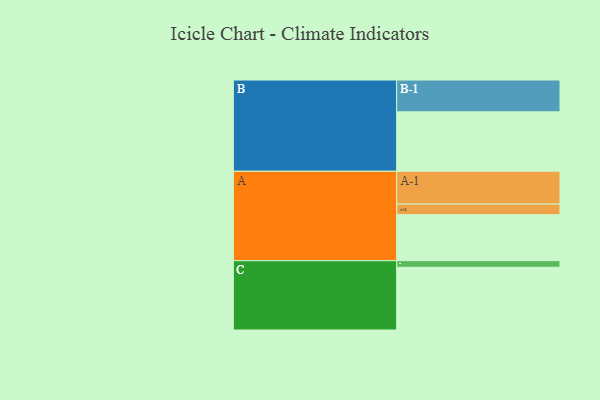
{"axis": {"x": "Segment", "y": "Value"}, "legend": ["", "A", "B", "C"], "data": [{"x": "A", "y": 403, "type": ""}, {"x": "B", "y": 520, "type": ""}, {"x": "C", "y": 549, "type": ""}, {"x": "A-1", "y": 287, "type": "A"}, {"x": "A-2", "y": 93, "type": "A"}, {"x": "B-1", "y": 279, "type": "B"}, {"x": "C-1", "y": 58, "type": "C"}]}